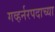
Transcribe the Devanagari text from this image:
गव्हर्नरपदाच्या